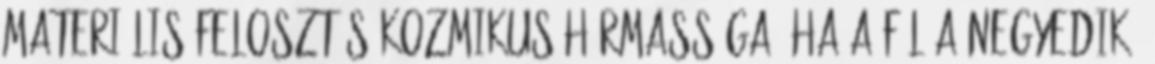
materiális felosztás kozmikus hármassága. Ha a fül a negyedik,